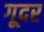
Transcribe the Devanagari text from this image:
गूदर